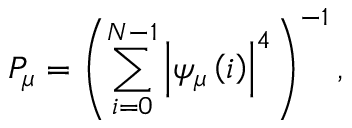
P _ { \mu } = \left( \sum _ { i = 0 } ^ { N - 1 } \left\vert \psi _ { \mu } \left( i \right) \right\vert ^ { 4 } \right) ^ { - 1 } ,